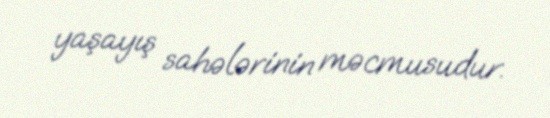
yaşayış sahələrinin məcmusudur.